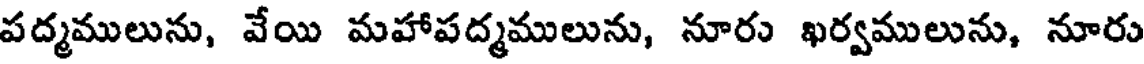
పద్మములును, వేయి మహాపద్మములును, నూరు ఖర్వములును, నూరు